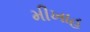
મીખાહ